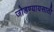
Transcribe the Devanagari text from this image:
जोडण्यायसाठी